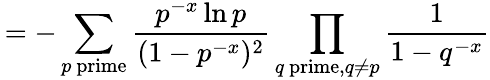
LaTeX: \, =-\sum_{p{\mathrm{~prime}}}{\frac{p^{-x}\ln p}{(1-p^{-x})^{2}}}\prod_{q{\mathrm{~prime}},q\neq p}{\frac{1}{1-q^{-x}}}